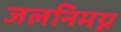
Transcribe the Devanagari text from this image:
जलनिमग्न